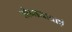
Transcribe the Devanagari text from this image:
शोभायात्राएं